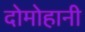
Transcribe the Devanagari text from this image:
दोमोहानी